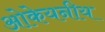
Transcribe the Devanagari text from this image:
ओकेयनीय